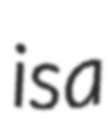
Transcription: is a